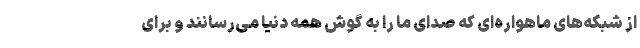
از شبکه‌های ماهواره‌ای که صدای ما را به گوش همه دنیا می‌رسانند و برای